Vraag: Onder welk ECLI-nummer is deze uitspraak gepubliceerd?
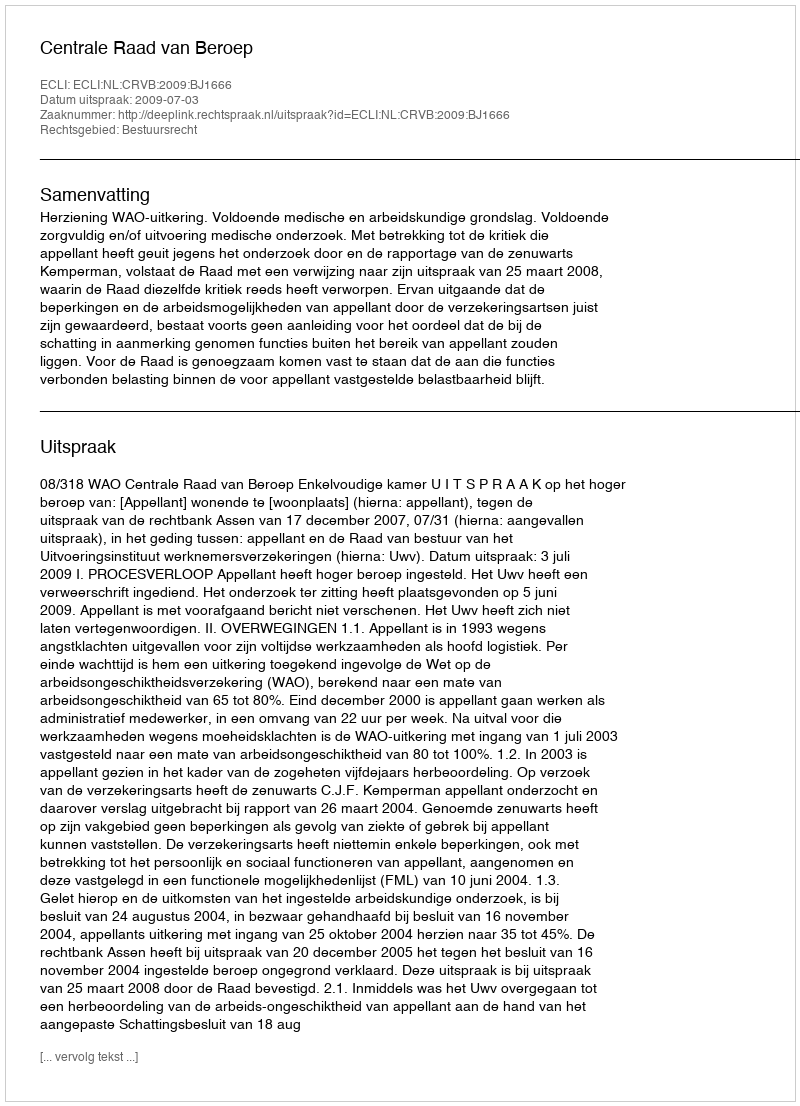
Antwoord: ECLI:NL:CRVB:2009:BJ1666